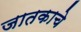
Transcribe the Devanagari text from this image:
जातकाचे